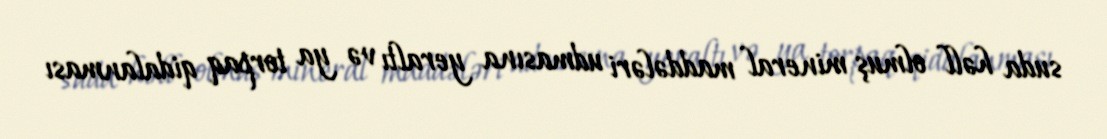
suda həll olmuş mineral maddələri udmasına yeraltı və ya torpaq qidalanması